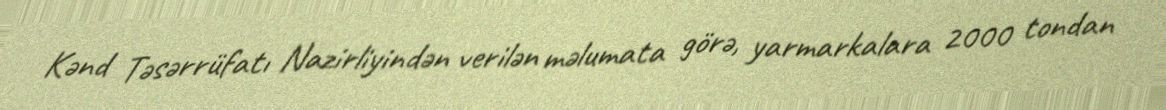
Kənd Təsərrüfatı Nazirliyindən verilən məlumata görə, yarmarkalara 2000 tondan